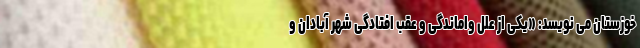
خوزستان می نویسد: «یکی از علل واماندگی و عقب افتادگی شهر آبادان و